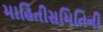
માહિતીસમિતિની